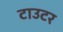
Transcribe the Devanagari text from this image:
टाउटर